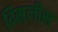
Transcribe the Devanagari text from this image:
दिसलीस